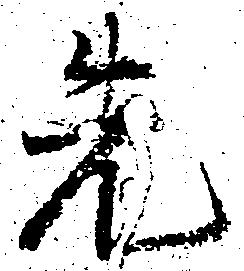
先